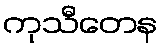
ကုသီတေန